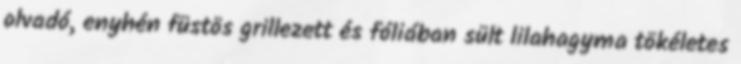
olvadó, enyhén füstös grillezett és fóliában sült lilahagyma tökéletes